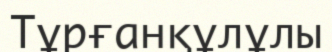
Тұрғанқұлұлы